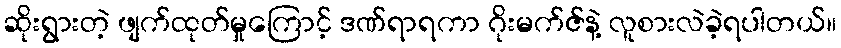
ဆိုးရွားတဲ့ ဖျက်ထုတ်မှုကြောင့် ဒဏ်ရာရကာ ဂိုးမက်ဇ်နဲ့ လူစားလဲခဲ့ရပါတယ်။